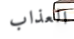
العذاب